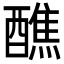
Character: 醮